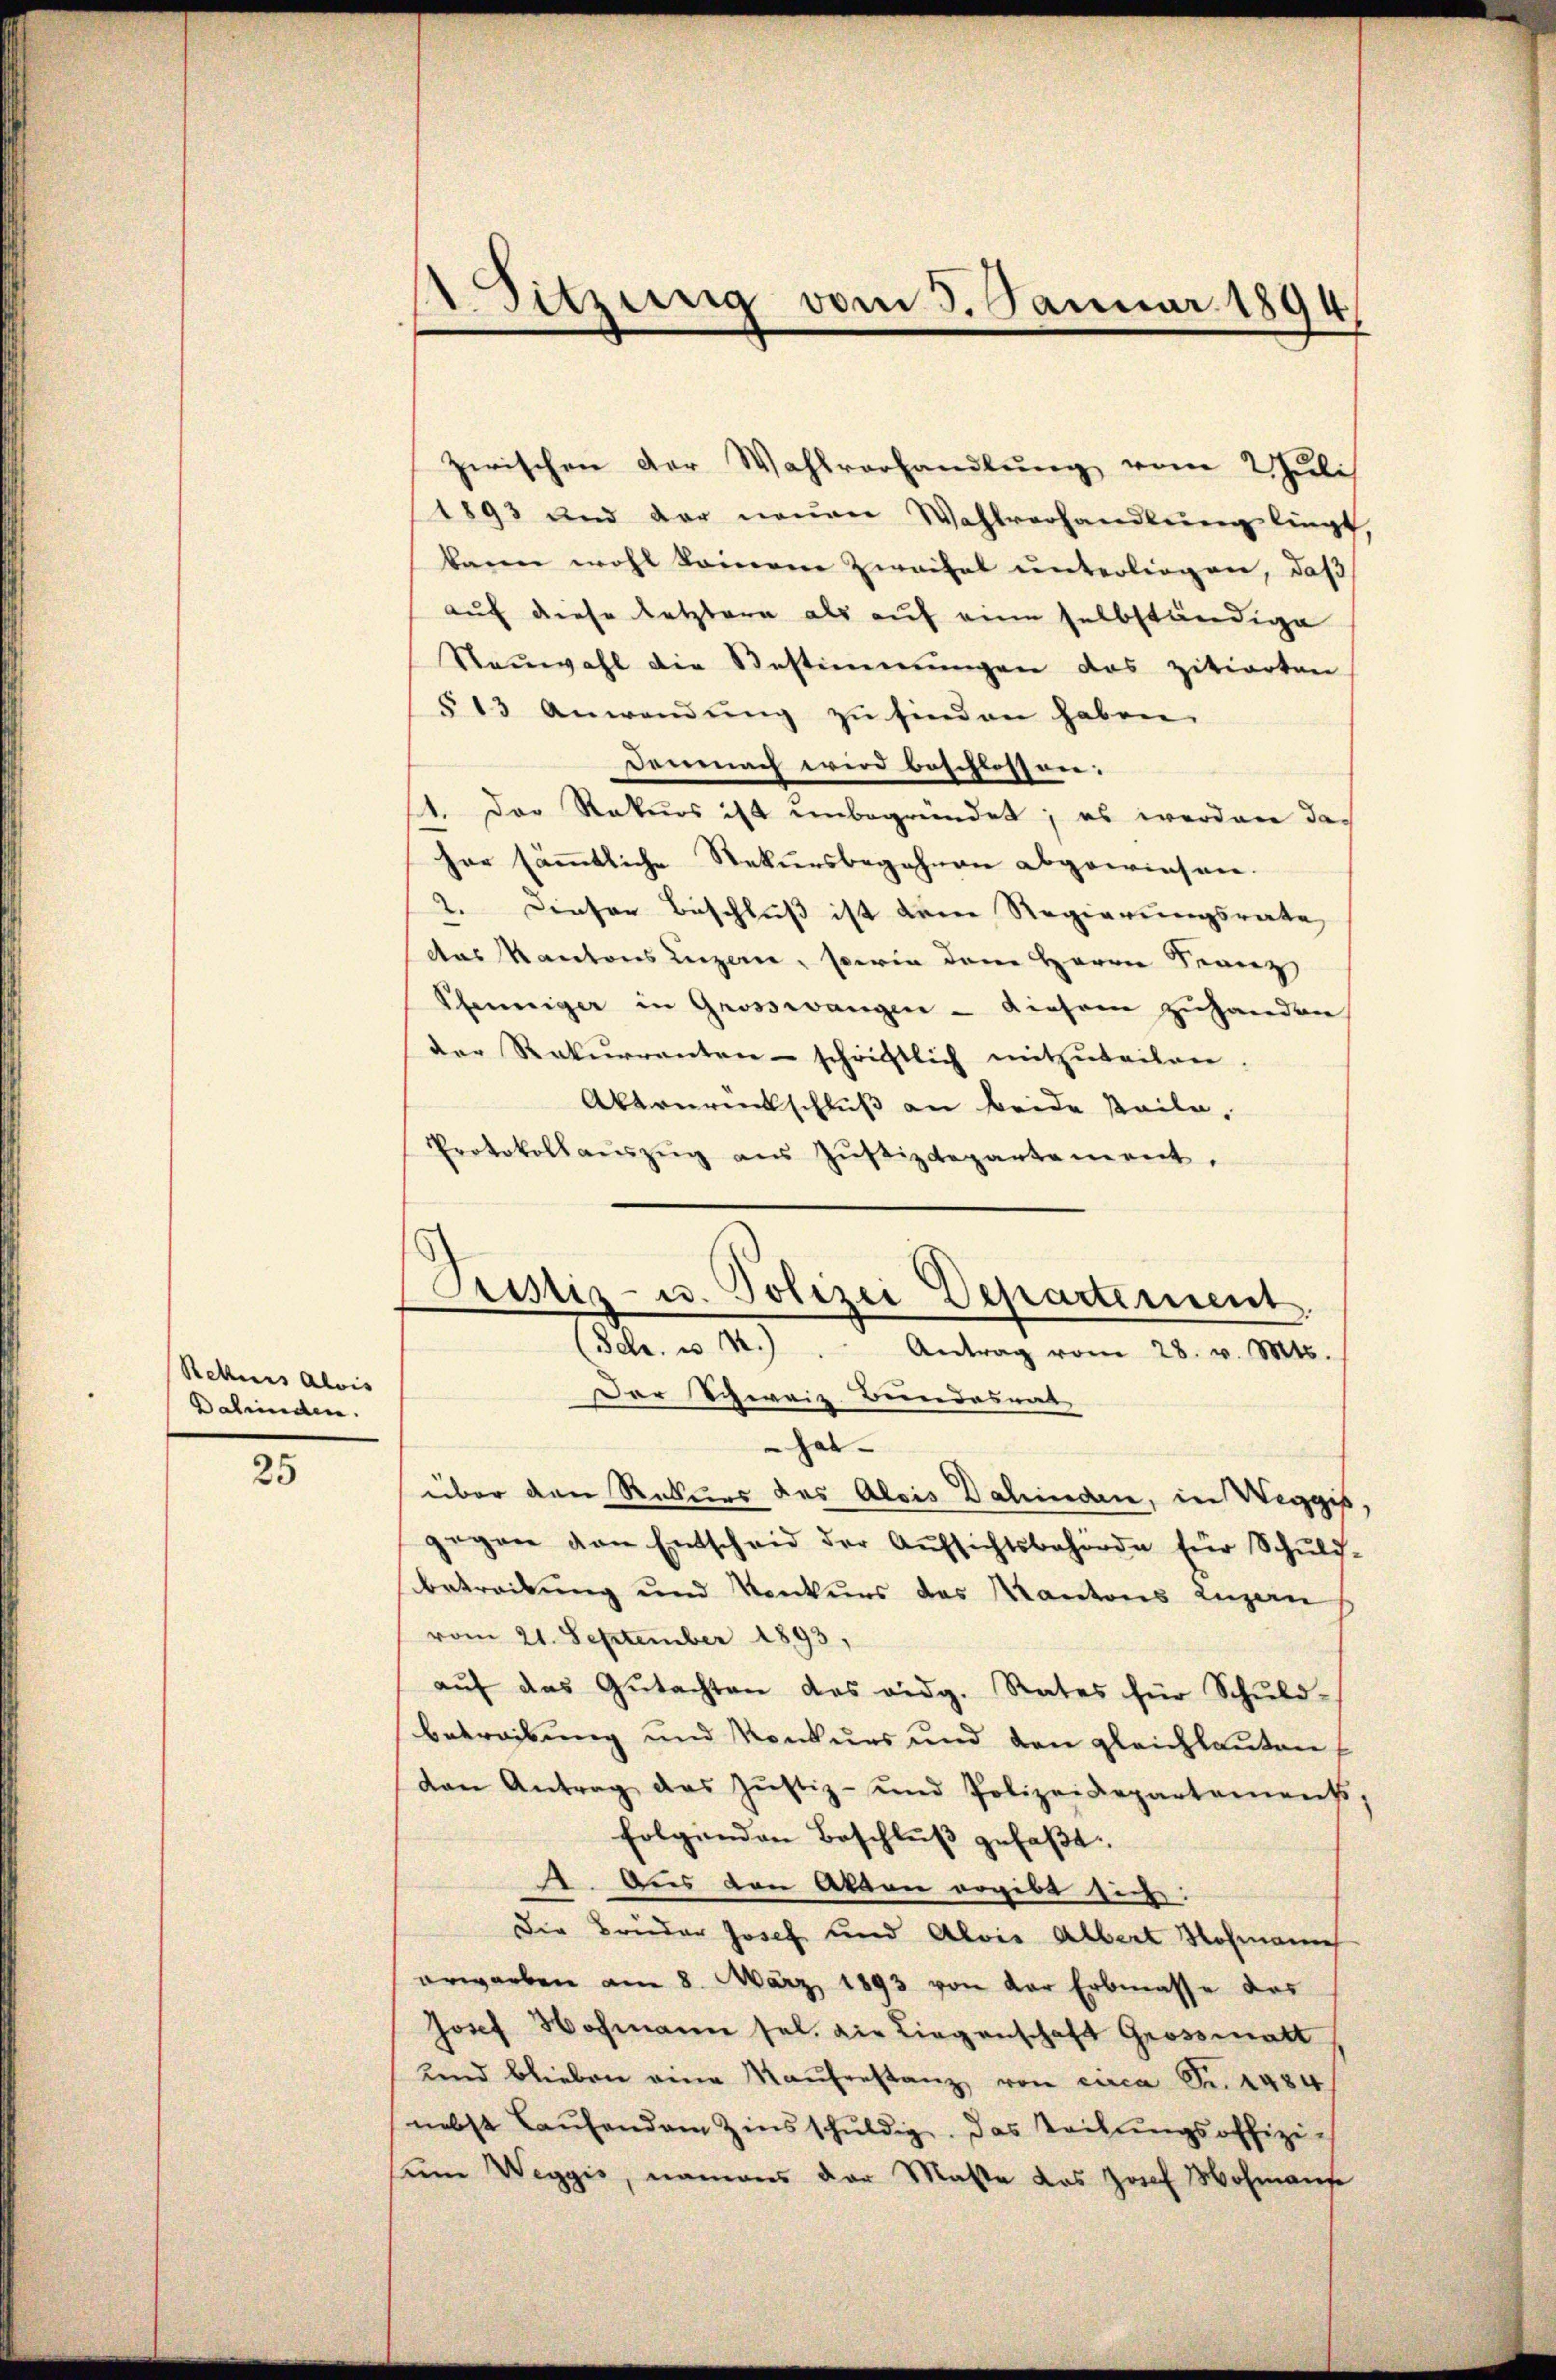
Rekurs Alois
Dafinden.

25

d
Sitzung vom 3. Januar 1894

zwischen der Wahlvorhandlung vom Juli
1893 und der neuen Wahlverhandlung liegt,
kann wohl keinene Zweifel unterliegen, daß
auf diese letztere als auf eine selbständige
Neuwahl die Bestimmungen das zitierten
§13 Anwendung zu finden haben.
Demnach wird beschlossen.
1. Der Rekurs ist unbegründet; es werden das
her sämmtliche Rekursbegehnen abgewiesen.
2. Dieser Beschluß ist dene Regierungsrate
das Kantons Luzern, sowie dem Herrn Franz
Pfenniger in Grosswangen - diesem zuhanden
der Rekurrenten schriftlich mitzŭteilen.
Abtourentschluß an beide steile,
Protokollaŭszŭg aŭs Zŭstizdepartement,
Der Schweiz. Bundesrat
hat-
über den Rekurs des Alois Dahinden, in Weggis,
gegen von Entscheid der Aŭfsichtsbehörde für Schŭld-
betreitung und Konkurs des Kantons Luzern
vom 21. September 1893,
aŭf das Gŭtachten des eidg. Rates für Schŭld-
betreibung und Konkurs und den gleichlauten
dan Antrag das Jŭstiz- und Polizeidepartements,
folgenden Beschlŭβ gefaßt.
4. Aus den Akten ergibt sich:
Die Bruder Josef und Alois Albert Hofmanns
erworben am 8. März 1893 von der Erbmasse des
Josef Hochmann sel. die Liegenschaft Grossmatt
und blieben eine Kaŭfenstanz von circa Fr. 4484
nebst Laŭfenden Zinsschŭldig. Das Teilungsoffizi-
seine Weggis, namens der Maße das Josef Mohnaufe

Prustiz- u. Polizei Departement,
(Scr. u 2.) " Antrag vom 28. v. Mts.